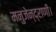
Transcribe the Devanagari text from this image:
मनुजेन्द्राणी।